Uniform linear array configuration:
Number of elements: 64
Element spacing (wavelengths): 1
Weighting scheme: hamming
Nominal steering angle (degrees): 45
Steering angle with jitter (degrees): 45.832
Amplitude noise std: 0.05
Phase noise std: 0.05

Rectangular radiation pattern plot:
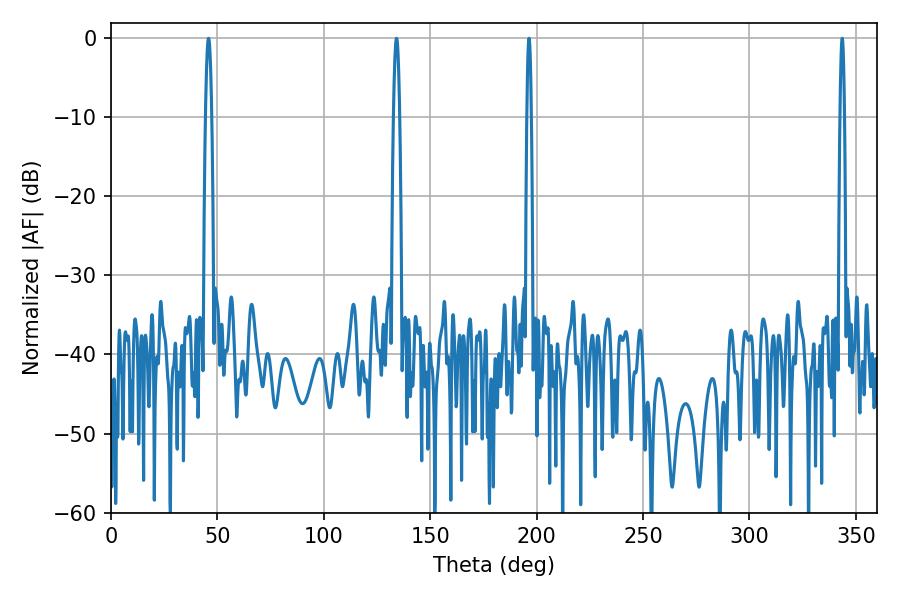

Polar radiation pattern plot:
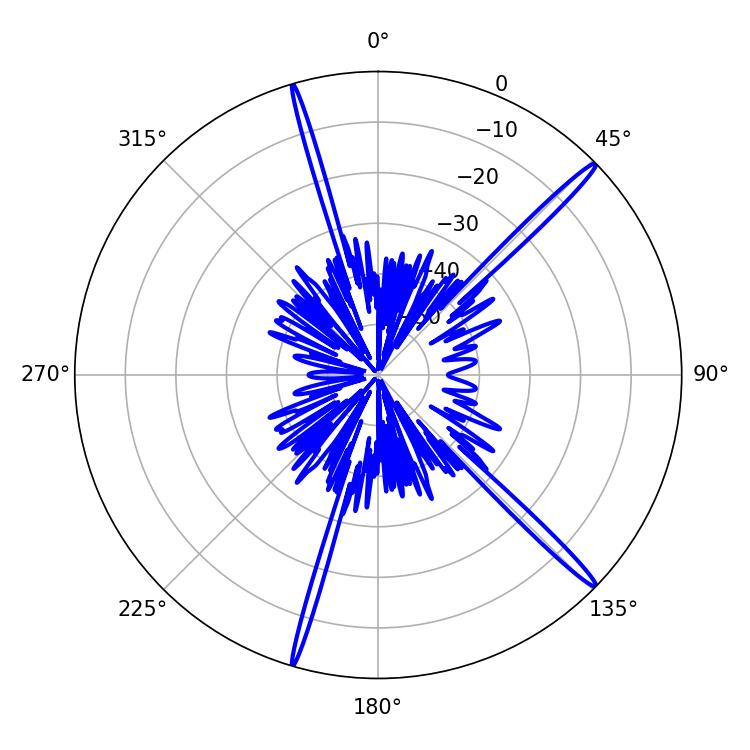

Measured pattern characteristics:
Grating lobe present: TRUE
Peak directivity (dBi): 17.959
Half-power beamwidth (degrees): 1.08
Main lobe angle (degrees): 196.38